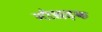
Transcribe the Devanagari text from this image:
नौछड़क